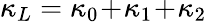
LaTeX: \kappa_{L}=\kappa_{0}\! +\! \kappa_{1}\! +\! \kappa_{2}